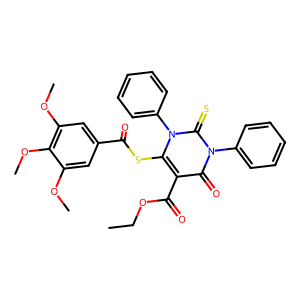
SMILES: CCOC(=O)c1c(SC(=O)c2cc(OC)c(OC)c(OC)c2)n(-c2ccccc2)c(=S)n(-c2ccccc2)c1=O
Inhibits HIV replication: No